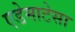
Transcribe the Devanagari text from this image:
एडेमाटेसा